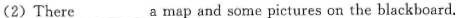
(2) There___a map and some pictures on the blackboard.